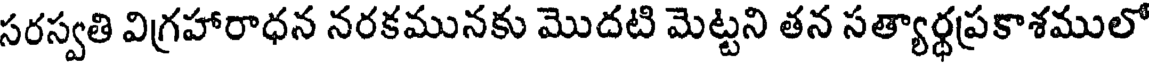
సరస్వతి విగ్రహారాధన నరకమునకు మొదటి మెట్టని తన సత్యార్థప్రకాశములో